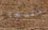
عندما